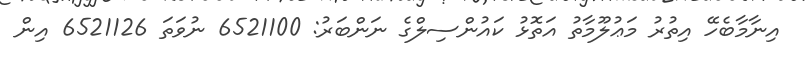
އިނާމާބެހޭ އިތުރު މަޢުލޫމާތު އަތޮޅު ކައުންސިލްގެ ނަންބަރު: 6521100 ނުވަތަ 6521126 އިން